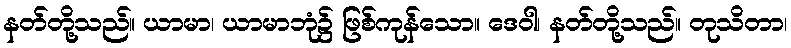
နတ်တို့သည်။ ယာမာ၊ ယာမာဘုံ၌ ဖြစ်ကုန်သော။ ဒေဝါ၊ နတ်တို့သည်။ တုသိတာ၊